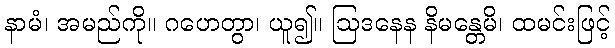
နာမံ၊ အမည်ကို။ ဂဟေတွာ၊ ယူ၍။ ဩဒနေန နိမန္တေမိ၊ ထမင်းဖြင့်